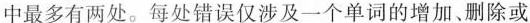
中最多有两处.每处错误仅涉及一个单词的增加、删除或